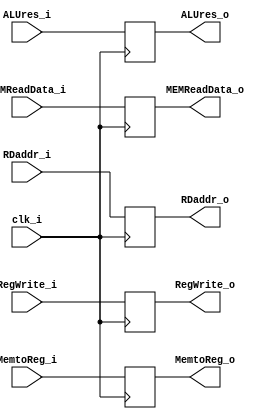
module MEM_WB
(
    clk_i,
    RegWrite_i,
    MemtoReg_i,
    ALUres_i,
    MEMReadData_i,
    RDaddr_i,
    RegWrite_o,
    MemtoReg_o,
    ALUres_o,
    MEMReadData_o,
    RDaddr_o,
);

input  clk_i, RegWrite_i, MemtoReg_i;
input [31:0] ALUres_i, MEMReadData_i;
input [4:0] RDaddr_i;

output reg RegWrite_o = 0, MemtoReg_o;
output reg [31:0] ALUres_o, MEMReadData_o;
output reg [4:0] RDaddr_o;

always @ (posedge clk_i) begin
    RegWrite_o <= RegWrite_i;
    MemtoReg_o <= MemtoReg_i;
    ALUres_o <= ALUres_i;
    MEMReadData_o <= MEMReadData_i;
    RDaddr_o <= RDaddr_i;
end

endmodule